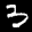
Label: 3